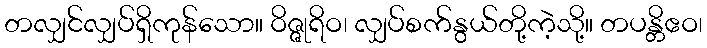
တလျှင်လျှပ်ရှိကုန်သော။ ဝိဇ္ဇုရိဝ၊ လျှပ်စက်နွယ်တို့ကဲ့သို့။ တပန္တိဧဝ၊